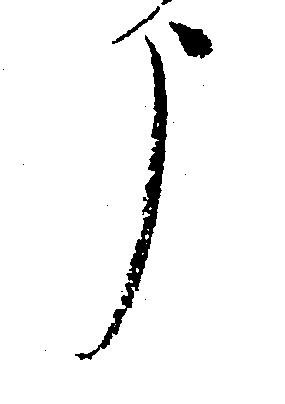
う